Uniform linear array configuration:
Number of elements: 24
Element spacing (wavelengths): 0.5
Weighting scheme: uniform
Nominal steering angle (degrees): -30
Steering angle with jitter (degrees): -30.797
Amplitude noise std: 0.05
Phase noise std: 0.05

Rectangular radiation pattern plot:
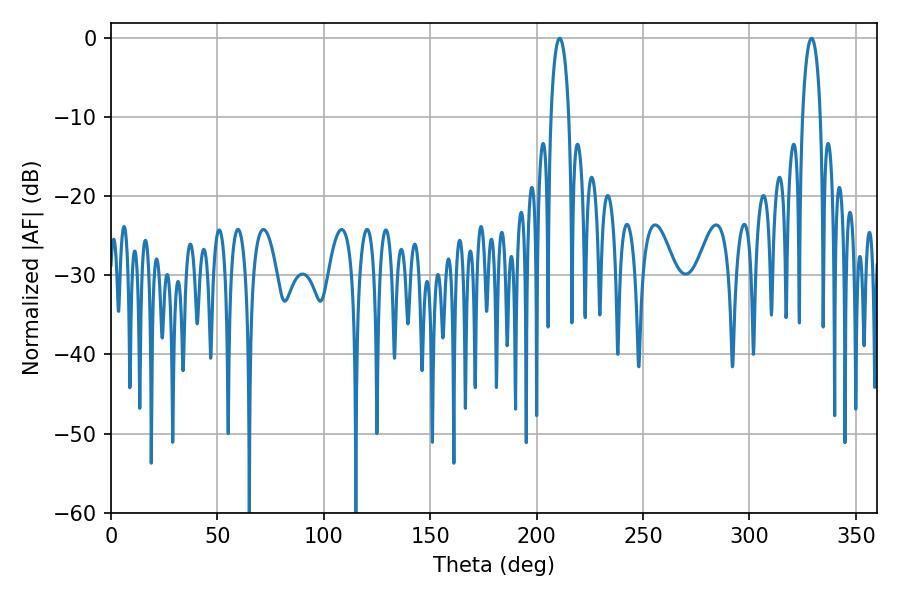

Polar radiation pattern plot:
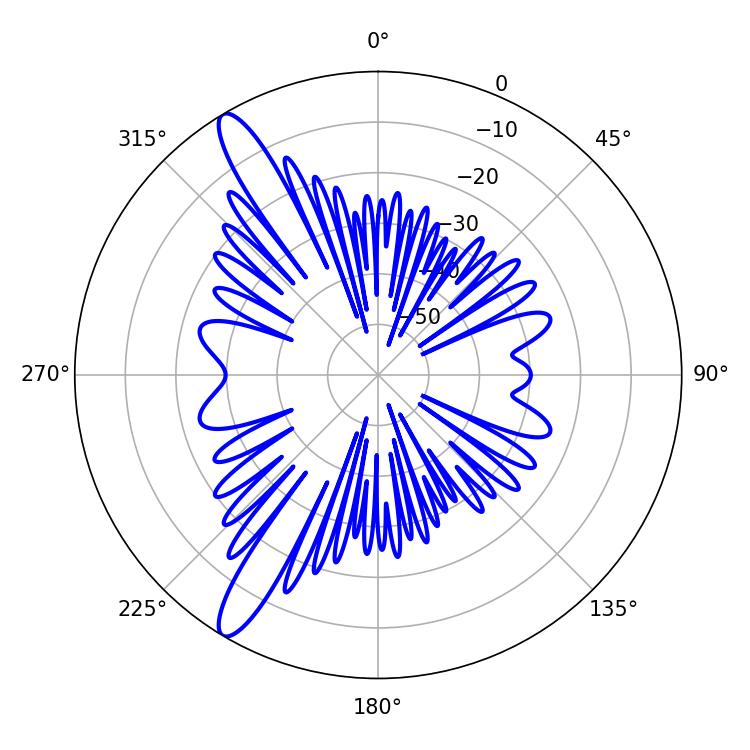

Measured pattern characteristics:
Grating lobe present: FALSE
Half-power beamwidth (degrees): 4.86
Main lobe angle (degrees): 210.78